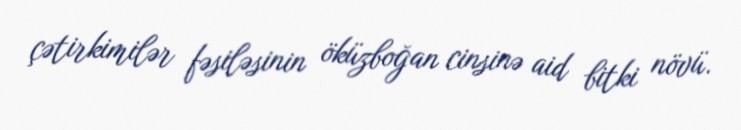
çətirkimilər fəsiləsinin öküzboğan cinsinə aid bitki növü.